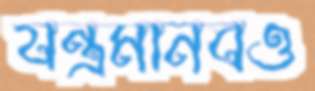
যন্ত্রমানবও